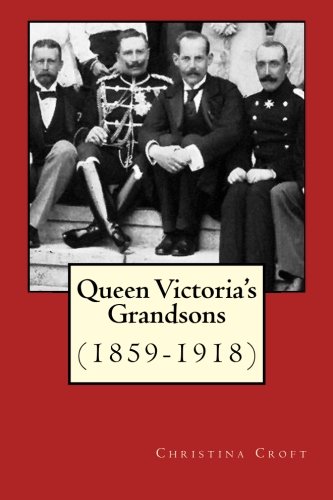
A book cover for Queen Victoria's Grandsons (1859-1918); Christina Croft; Biographies & Memoirs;